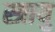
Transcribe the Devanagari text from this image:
स्त्रायु